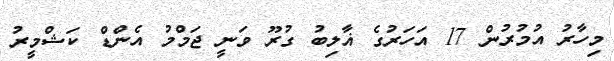
މިހާރު އުމުރުން 17 އަހަރުގެ ޣާލިބު ގުރޫ ވަނީ ޖަމްމު އެންޑް ކަޝްމީރު